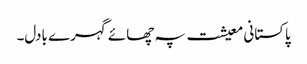
پاکستانی معیشت پہ چھائے گہرے بادل۔